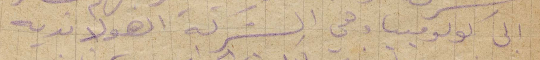
الى كولومبيا وهي الشركة الهولاندية